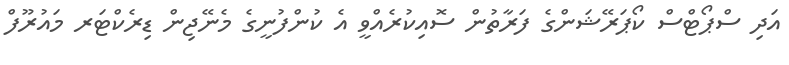
އަދި ސްޕޯޓްސް ކޯޕަރޭޝަންގެ ފަރާތުން ސޮއިކުރެއްވީ އެ ކުންފުނީގެ މެނޭޖިން ޑިރެކްޓަރ މައުރޫފް